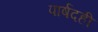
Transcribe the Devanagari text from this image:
पार्षदही